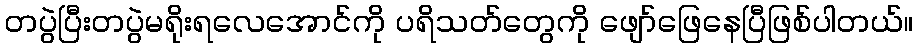
တပွဲပြီးတပွဲမရိုးရလေအောင်ကို ပရိသတ်တွေကို ဖျော်ဖြေနေပြီဖြစ်ပါတယ်။